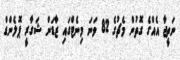
ނަތީޖާ އެއްގެ ގޮތުން މެޗުގެ 82 ވަނަ މިނެޓްގައި ޒާޑަން ޝަގާރީ ޕޮލެންޑް